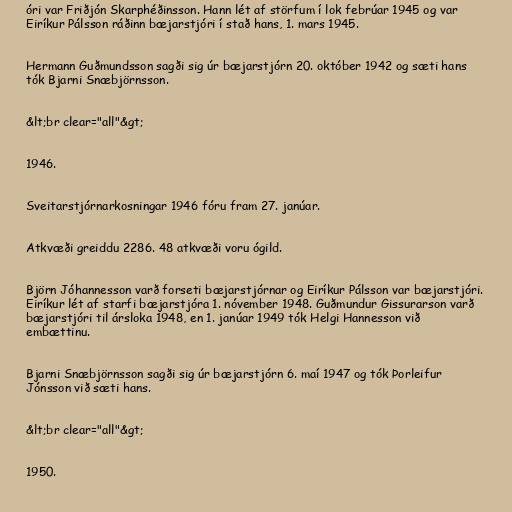
óri var Friðjón Skarphéðinsson. Hann lét af störfum í lok febrúar 1945 og var
Eiríkur Pálsson ráðinn bæjarstjóri í stað hans, 1. mars 1945.

Hermann Guðmundsson sagði sig úr bæjarstjórn 20. október 1942 og sæti hans
tók Bjarni Snæbjörnsson.

&lt;br clear="all"&gt;

1946.

Sveitarstjórnarkosningar 1946 fóru fram 27. janúar.

Atkvæði greiddu 2286. 48 atkvæði voru ógild.

Björn Jóhannesson varð forseti bæjarstjórnar og Eiríkur Pálsson var bæjarstjóri.
Eiríkur lét af starfi bæjarstjóra 1. nóvember 1948. Guðmundur Gissurarson varð
bæjarstjóri til ársloka 1948, en 1. janúar 1949 tók Helgi Hannesson við
embættinu.

Bjarni Snæbjörnsson sagði sig úr bæjarstjórn 6. maí 1947 og tók Þorleifur
Jónsson við sæti hans.

&lt;br clear="all"&gt;

1950.